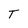
Character: T